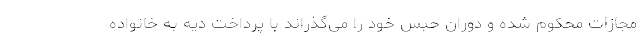
مجازات محکوم شده و دوران حبس خود را می‌گذراند با پرداخت دیه به خانواده